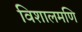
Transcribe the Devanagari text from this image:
विशालमणि